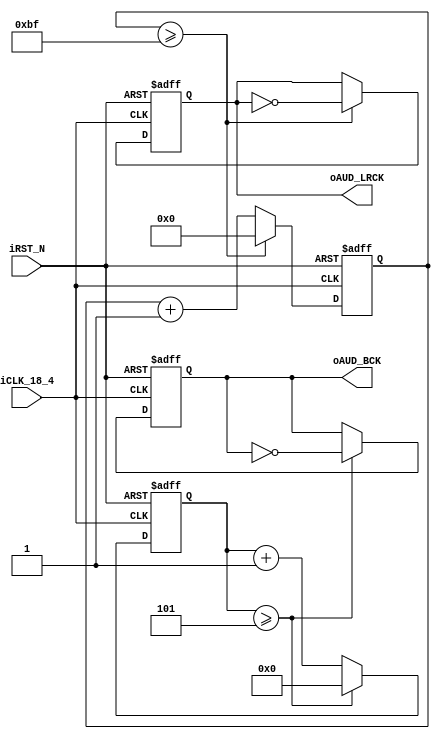
module audio_clock (	
//	Audio Side
   output reg oAUD_BCK,
   output oAUD_LRCK,
//	Control Signals
   input iCLK_18_4,
   input iRST_N
);
/*				
*  Note: Reference clock seems to be 18 Mhz
*  Work it backward: 18 MHz /( 48 kHz *16 * 2 ) = 11.7185
*  The closest integer is 12, so actual sample rate is 46.875 kHz.
*/
parameter	REF_CLK		=	18432000;	// 18.432 MHz
parameter	SAMPLE_RATE	=	48000;		// 48 KHz
parameter	DATA_WIDTH	=	16;		// 16 Bits
parameter	CHANNEL_NUM	=	2;		// Dual Channel

//	Internal Registers and Wires
reg [3:0] BCK_DIV;
reg [8:0] LRCK_1X_DIV;
reg [7:0] LRCK_2X_DIV;
reg [6:0] LRCK_4X_DIV;
reg LRCK_1X;
reg LRCK_2X;
reg LRCK_4X;

//  AUD_BCK Generator
always@(posedge iCLK_18_4 or negedge iRST_N)
begin
	if(!iRST_N)
	begin
	  BCK_DIV <= 4'h0;
	  oAUD_BCK <= 1'b0;
	end
	else
	begin
	  // REF_CLK/SAMPLE_RATE = 384, 384/(DATA_WIDTH*CHANNEL_NUM) = 12
	  //  12/2 - 1 = 5
	  if (BCK_DIV >= REF_CLK/(SAMPLE_RATE*DATA_WIDTH*CHANNEL_NUM*2)-1 )
	  begin
		BCK_DIV	 <= 4'h0;
		oAUD_BCK <= ~oAUD_BCK;
	  end
	  else BCK_DIV <= BCK_DIV+1'b1;
	end
end
//
//  AUD_LRCK Generator
//    oAUD_LRCK is high for left and low for right channel
//
always@(posedge iCLK_18_4 or negedge iRST_N)
begin
	if(!iRST_N)
	begin
		LRCK_1X_DIV	<=	0;
		LRCK_2X_DIV	<=	0;
		LRCK_4X_DIV	<=	0;
		LRCK_1X		<=	0;
		LRCK_2X		<=	0;
		LRCK_4X		<=	0;
	end
	else
	begin
		//LRCK 1X
		if(LRCK_1X_DIV >= REF_CLK/(SAMPLE_RATE*2)-1 )
		begin
			LRCK_1X_DIV <=	0;
			LRCK_1X	<= ~LRCK_1X;
		end
		else LRCK_1X_DIV <= LRCK_1X_DIV+1'b1;
		// LRCK 2X
		if(LRCK_2X_DIV >= REF_CLK/(SAMPLE_RATE*4)-1 )
		begin
			LRCK_2X_DIV <= 0;
			LRCK_2X	<= ~LRCK_2X;
		end
		else LRCK_2X_DIV <= LRCK_2X_DIV+1'b1;		
		// LRCK 4X
		if(LRCK_4X_DIV >= REF_CLK/(SAMPLE_RATE*8)-1 )
		begin
			LRCK_4X_DIV <= 0;
			LRCK_4X	<= ~LRCK_4X;
		end
		else LRCK_4X_DIV <= LRCK_4X_DIV+1'b1;		
	end
end
assign	oAUD_LRCK = LRCK_1X;

endmodule